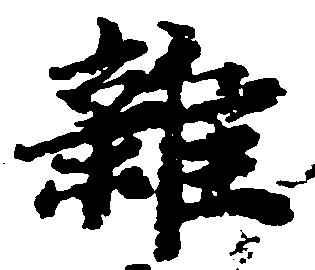
雑